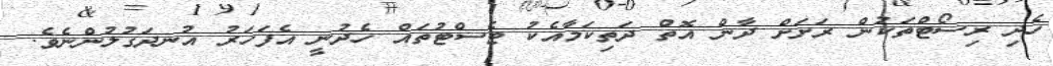
ހެދި ރިސޯޓްތަކުން ރަށަށް ދާން އޮތް ދަތިކަމާއެކު ޓެސްޓުތައް ހެދުނީ އެފަހަރު އުނދަގުލުންނެވެ.